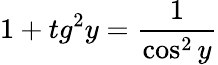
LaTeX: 1+tg^{2}y=\frac{1}{\cos^{2}y}